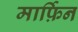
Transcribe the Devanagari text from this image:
मार्फ़िन